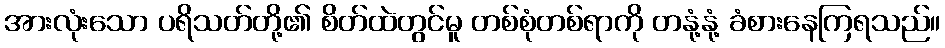
အားလုံးသော ပရိသတ်တို့၏ စိတ်ထဲတွင်မူ တစ်စုံတစ်ရာကို တနုံ့နုံ့ ခံစားနေကြရသည်။